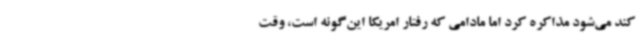
کند می‌شود مذاکره کرد اما مادامی که رفتار امریکا این‌گونه است، وقت